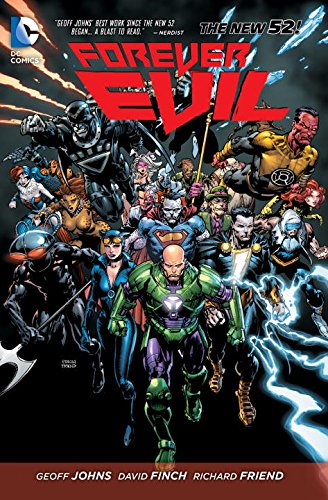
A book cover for Forever Evil; Geoff Johns; Comics & Graphic Novels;